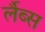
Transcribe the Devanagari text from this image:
र्लैब्स